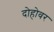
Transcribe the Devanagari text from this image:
दोहोवर